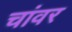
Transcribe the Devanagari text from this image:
चांवर